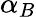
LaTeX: \alpha_{B}